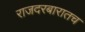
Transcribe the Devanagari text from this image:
राजदरबारातच